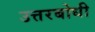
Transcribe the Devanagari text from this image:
उत्तरबोधी